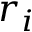
r _ { i }